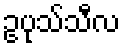
ဥပုသ်သီလ